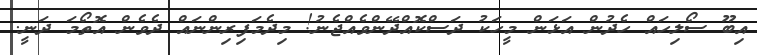
އިބޫ ސޯލިހައް ހެދުން އަޅަން މީހަކު ދަސްކޮއްދޭންވެއްޖެނު! މިދެމަފިރިންނައް ދެވެން އޮތޯމަ ދަނީ.